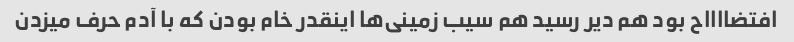
افتضااااح بود هم دیر رسید هم سیب زمینی‌ها اینقدر خام بودن که با آدم حرف میزدن